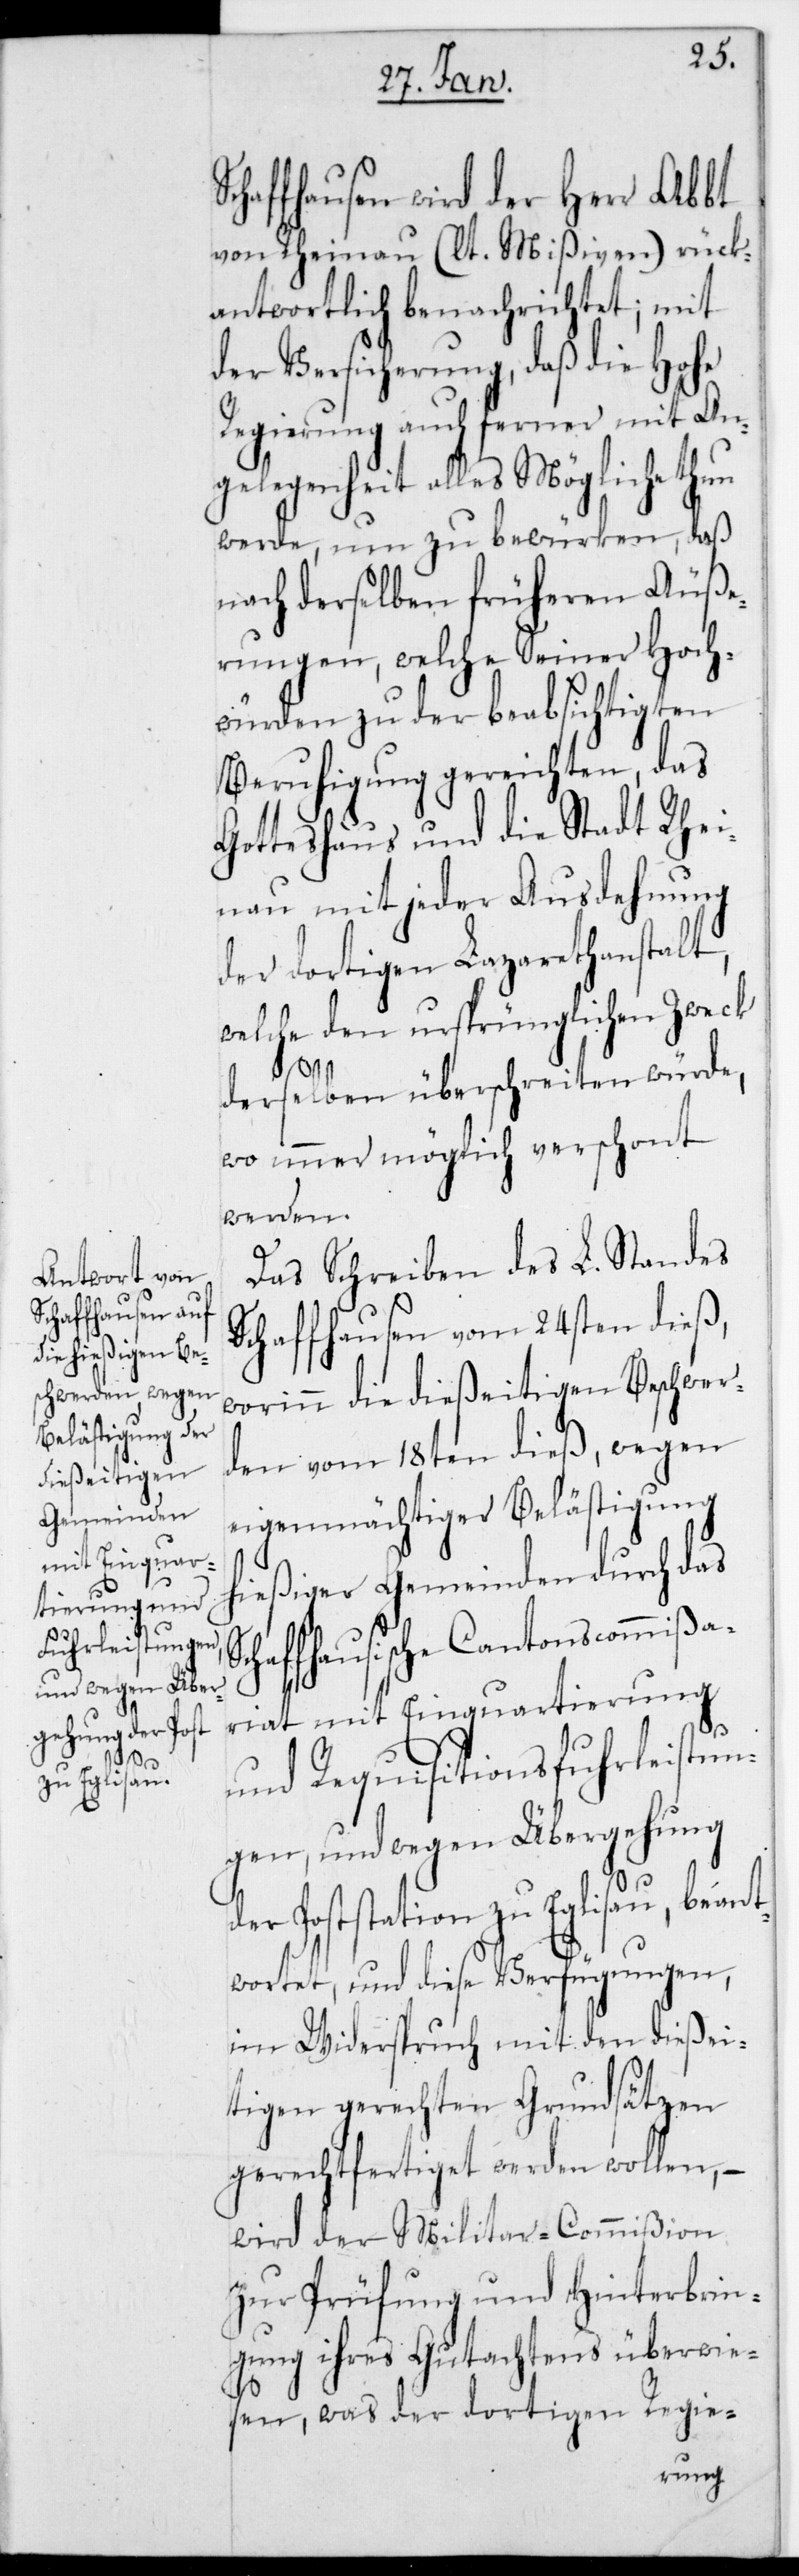
Sc¬

chaffhausen wird der Herr Abbt
von Rheinau (lt. Mißiven) rück¬
antwortlich benachrichtet; mit
der Versicherung, daß die Hohe
Regierung auch ferner mit An¬
gelegenheit alles Mögliche thun
werde, um zu bewürken, daß
nach derselben früheren Äuße¬
rungen, welche Seiner Hoch¬
würden zu der beabsichtigten
Beruhigung gereichten, das
Gotteshaus und die Stadt Rhei¬
nau mit jeder Ausdehnung
der dortigen Lazarethanstalt,
welche den ursprünglichen Zweck
derselben überschreiten würde,
wo immer möglich verschont
werden.
Das Schreiben des L. Standes
Schaffhausen vom 24sten dieß,
worinn die dießeitigen Beschwer¬
den vom 18ten dieß, wegen
eigenmächtiger Belästigung
hießiger Gemeinden durch das
haffhausische Cantonscommißa¬
riat mit Einquartierung
und Requisitionsfuhrleistun¬
gen, und wegen Übergehung
der Poststation zu Eglisau, beant¬
wortet, und diese Verfügungen,
im Widerspruch mit den dießei¬
tigen gerechten Grundsätzen
gerechtfertiget werden wollen, –
wird der Militar-Commißion
zur Prüfung und Hinterbrin¬
gung ihres Gutachtens überwie¬
sen, was der dortigen Regie-